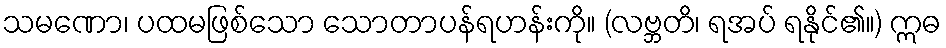
သမဏော၊ ပထမဖြစ်သော သောတာပန်ရဟန်းကို။ (လဗ္ဘတိ၊ ရအပ် ရနိုင်၏။) ဣဓ